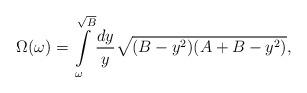
LaTeX: \begin{align*}\Omega(\omega)=\int\limits_{\omega}^{\sqrt{B}} {dy \over y}\sqrt{(B-y^{2})(A+B-y^{2})} ,\end{align*}